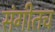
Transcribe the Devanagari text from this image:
संगीतच